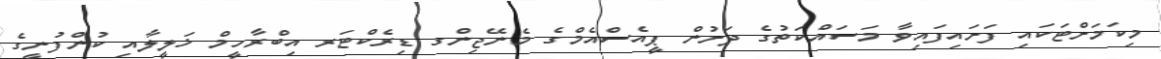
މިކަމަށްޓަކައި ފަށައިފައިވާ މަސައްކަތުގެ ދަށުން ޕީއެސްއެމްގެ މެނޭޖިންގ ޑިރެކްޓަރ އިބްރާހީމް ޚަލީލާއި ކުންފުނީގެ